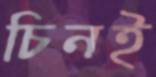
চিনই